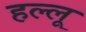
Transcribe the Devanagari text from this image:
हल्लू